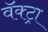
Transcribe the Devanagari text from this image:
वॅक्ट्रा